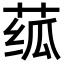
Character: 𬝊